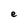
Character: e